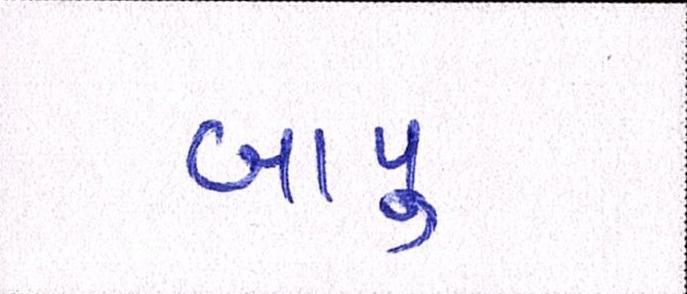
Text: બાપુ